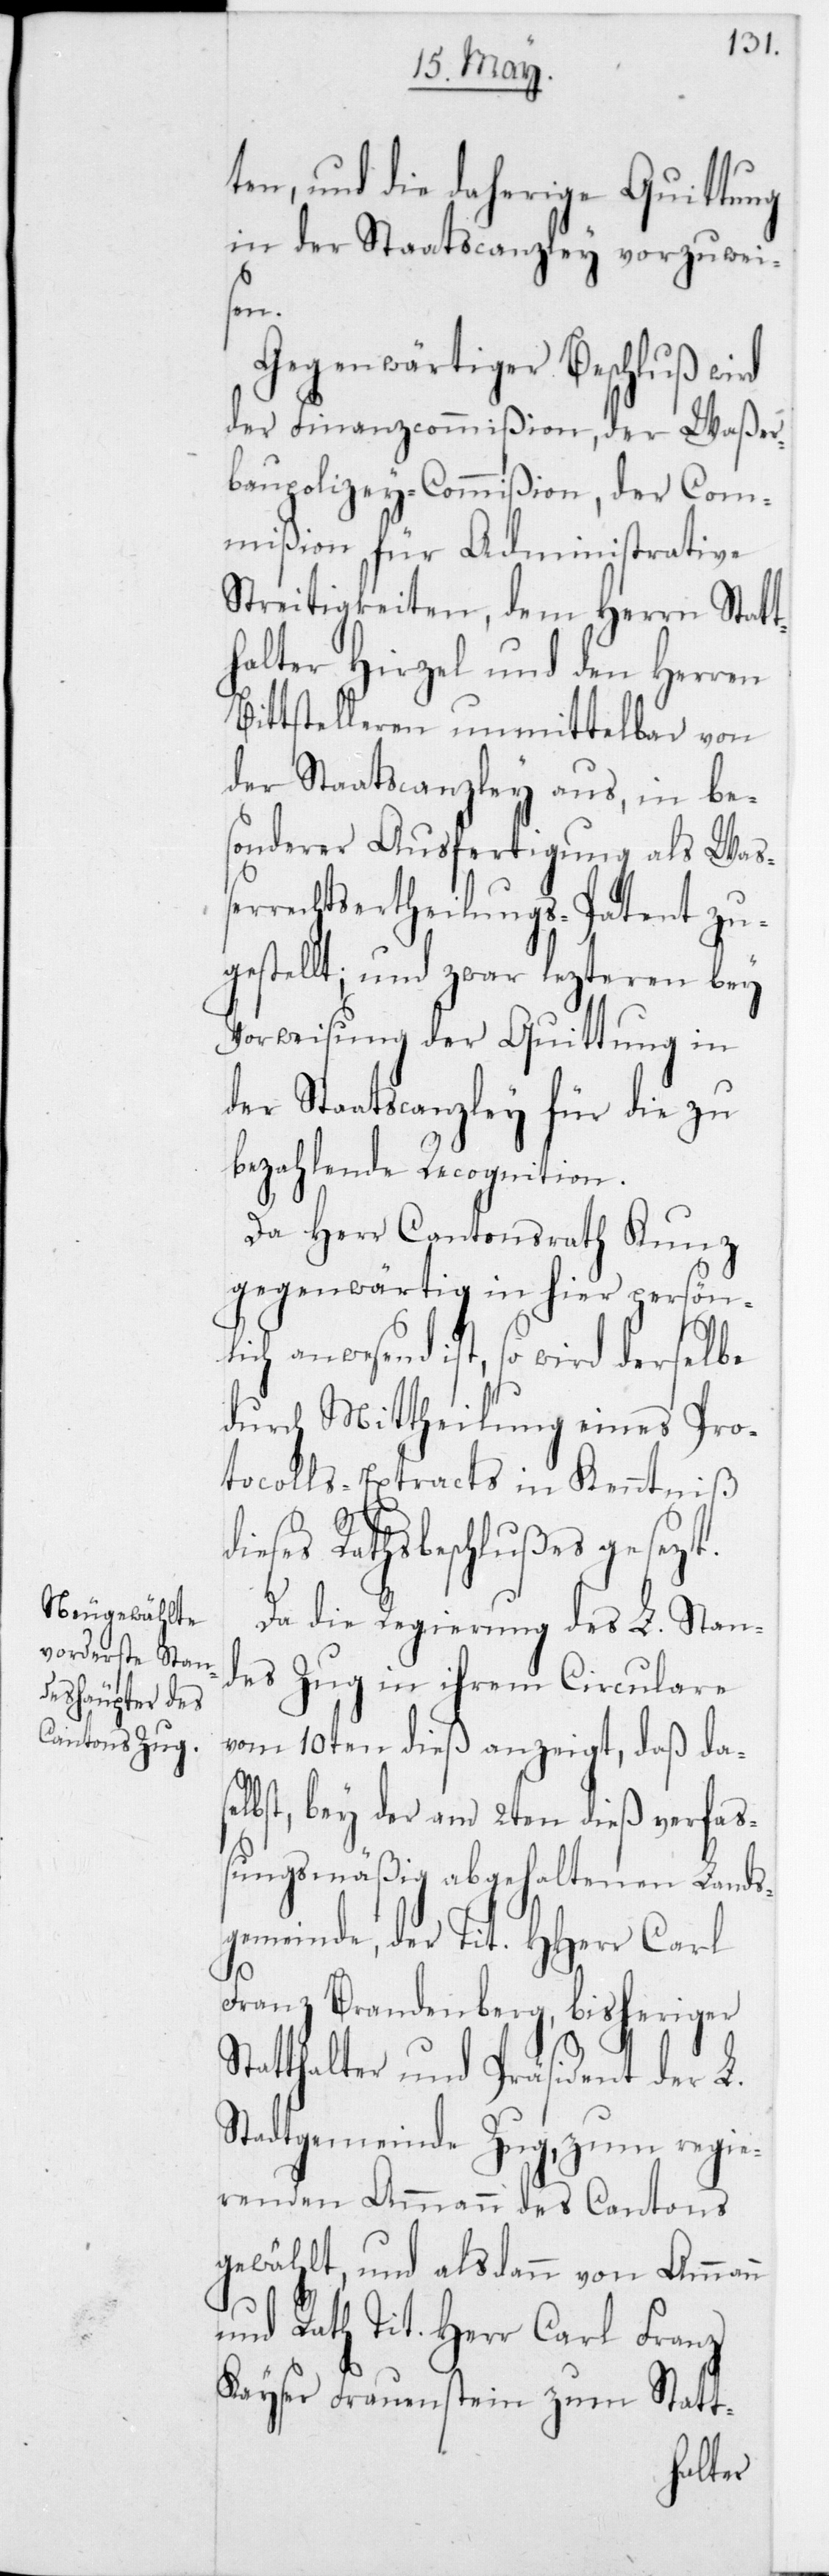
ten, und die daherige
in der Staatscanzley vorzuwei¬
sen.
Gegenwärtiger Beschluß wird
der Finanzcommißion, der Waßer¬
baupolizey-Commißion, der Com¬
mißion für Administrative
Streitigkeiten, dem Herrn Stat¬
thalter Hirzel und den Herren
ittstelleren unmittelbar von
der Staatscanzley aus, in be¬
sonderer Ausfertigung als Waß¬
errechtsertheilungs-Patent zu¬
gestellt; und zwar letzteren bey
Vorweisung der Quittung in
der Staatscanzley für die zu
bezahlende Recognition.
Da Herr Cantonsrath Kunz
gegenwärtig in hier persönl¬
ich anwesend ist, so wird derselbe
durch Mittheilung eines Pro¬
tocolls-Extracts in Kenntniß
B¬
dieses Rathsbeschlußes gesetzt.
Da die Regierung des L. Stan¬
des Zug in ihrem Circulare
vom 10ten dieß anzeigt, daß das¬
elbst, bey der am 2ten dieß verfaß¬
ungsmäßig abgehaltenen Lands¬
gemeinde, der Tit. HHerr Carl
Franz Brandenberg, bisheriger
Statthalter und Präsident der L.
Stadtgemeinde Zug, zum regie¬
renden Ammann des Cantons
gewählt, und alsdann von Ammann
und Rath Tit. Herr Carl Franz
Kayser Frauenstein zum Statt-